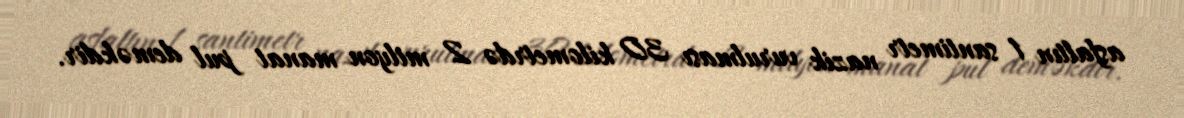
asfaltın 1 santimetr nazik vurulması 30 kilometrdə 2 milyon manat pul deməkdir.